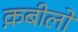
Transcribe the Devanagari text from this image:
क़बीलो